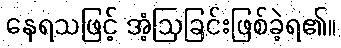
နေရသဖြင့် အံ့ဩခြင်းဖြစ်ခဲ့ရ၏။